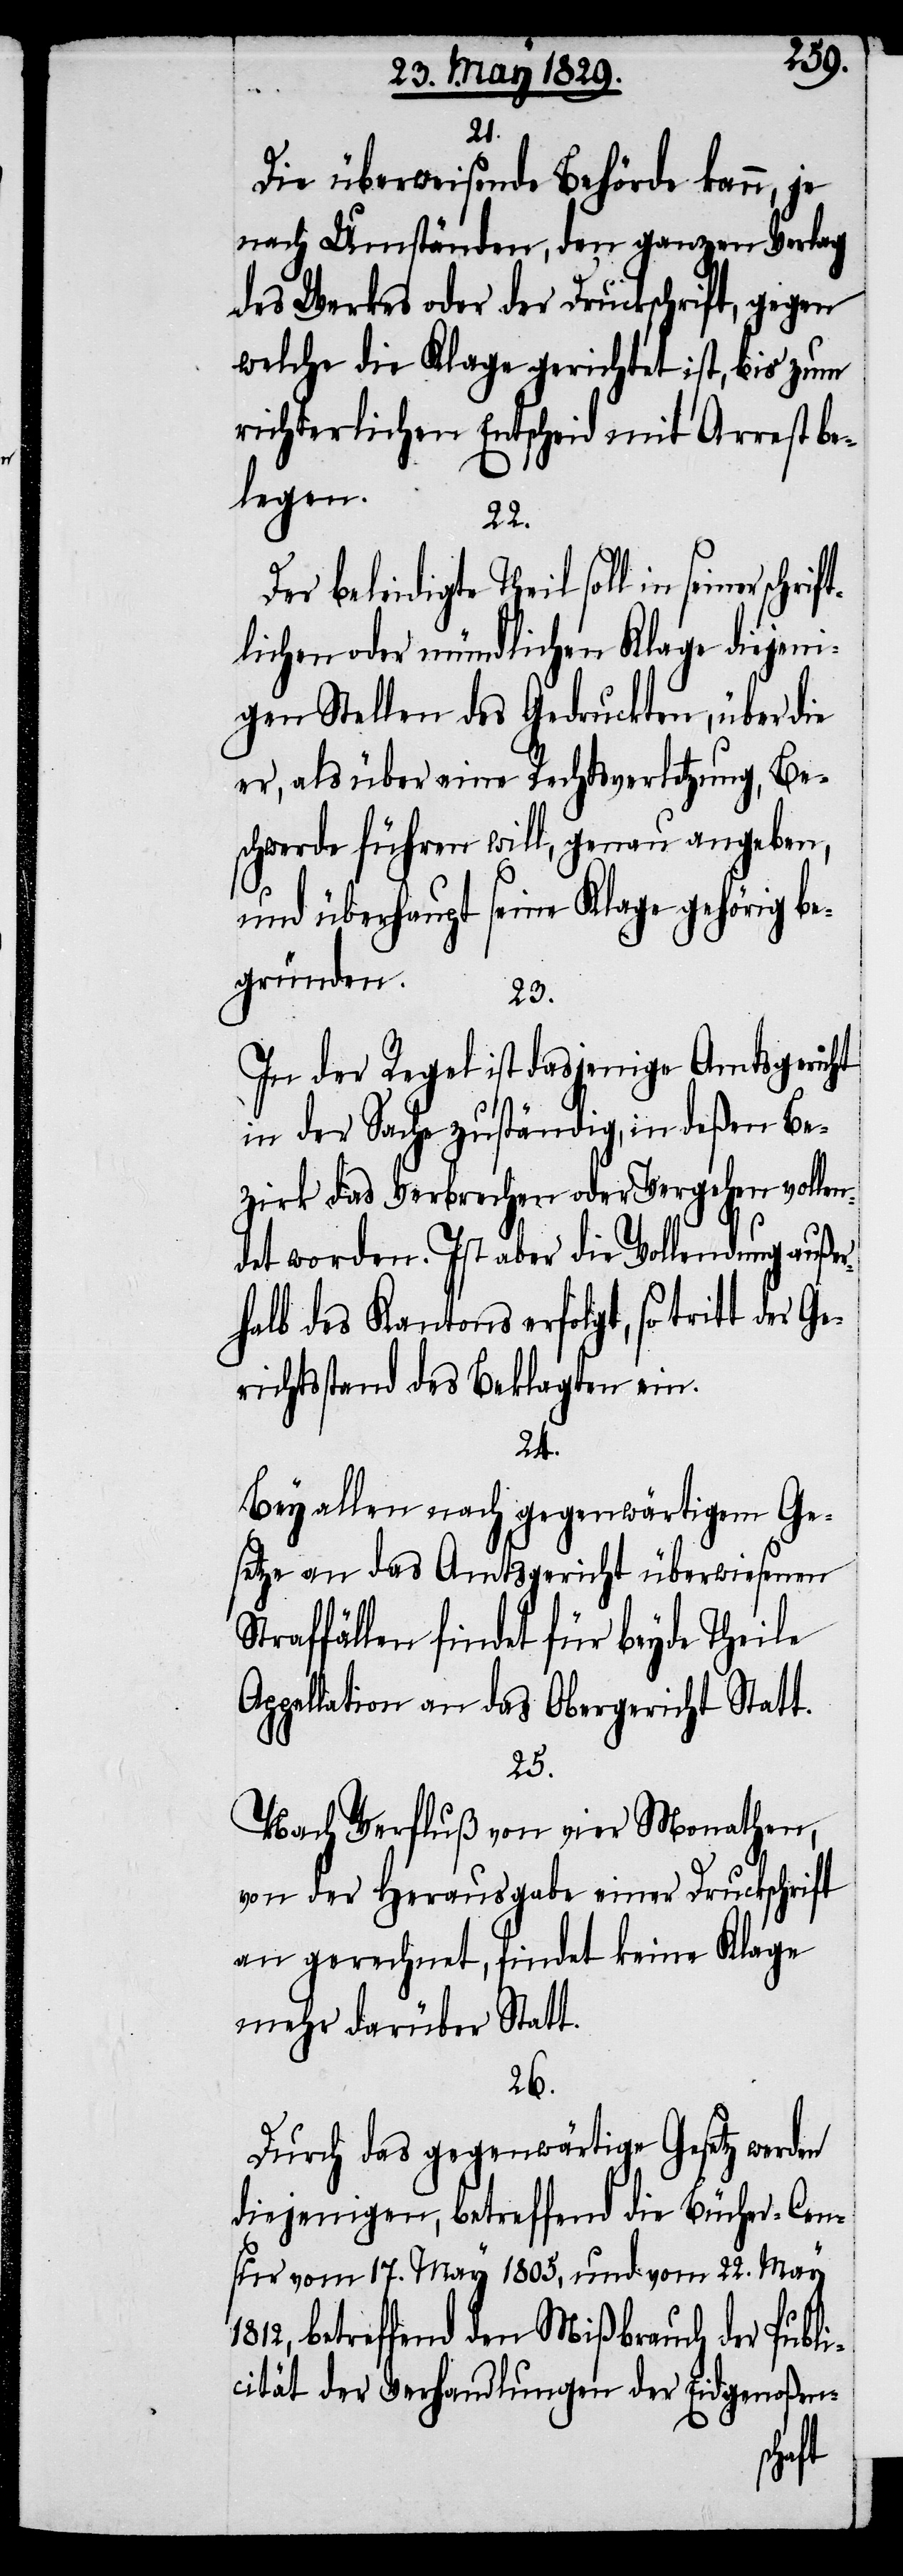
21.
Die überweisende Behörde kann, je
nach Umständen, den ganzen Verlag
des Werkes oder der Druckschrift, gegen
welche die Klage gerichtet ist, bis zum
richterlichen Entscheid mit Arrest be¬
legen.
22.
Der beleidigte Theil soll in seiner
lichen oder mündlichen Klage diejeni¬
gen Stellen des Gedruckten, über die
er, als über eine Rechtsverletzung, Be¬
schwerde führen will, genau angeben,
und überhaupt seine Klage gehörig be¬
gründen.
23.
In der Regel ist dasjenige Amtsgericht
in der Sache zuständig, in deßen Be¬
zirk das Verbrechen oder Vergehen volle¬
ndet worden. Ist aber die Vollendung außer¬
halb des Kantons erfolgt, so tritt der
Gerichtsstand des Beklagten ein.
24.
Bey allen nach gegenwärtigem Ge¬
setze an das Amtsgericht überwiesenen
Straffällen findet für beyde Theile
Appellation an das Obergericht Statt.
25.
Nach Verfluß von vier Monathen,
von der Herausgabe einer Druckschrift
an gerechnet, findet keine Klage
mehr darüber Statt.
26.
Durch das gegenwärtige Gesetz werden
diejenigen, betreffend die Bücher-Cen¬
sur vom 17. May 1805, und vom 22. May
1812, betreffend den Mißbrauch der Publi¬
cität der Verhandlungen der Eidgenoßen-
rift¬